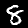
Label: 8